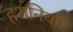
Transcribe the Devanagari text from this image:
हथनियाँ